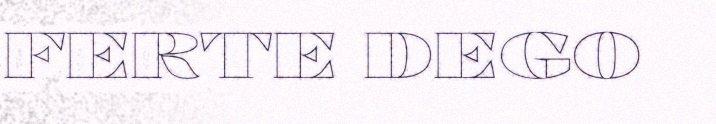
FERTE DEGO